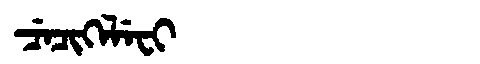
Manchu: ᠴᡝᠴᡳᡴᡝᠯᡝᠸᡳ
Romanization: CECIKELEFI